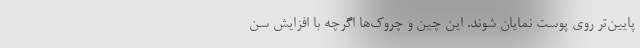
پایین‌تر روی پوست نمایان شوند. این چین و چروک‌ها اگرچه با افزایش سن